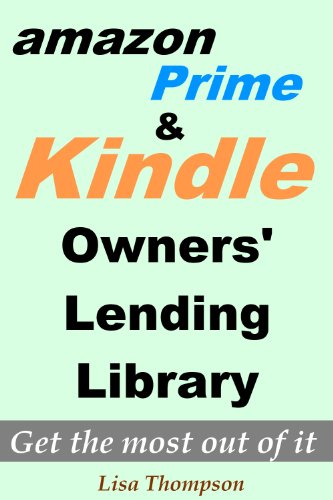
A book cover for Amazon Prime:What is Amazon Prime and Kindle Owners' Lending Library - How to Get the Most Out of It?; Lisa Thompson; Computers & Technology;